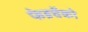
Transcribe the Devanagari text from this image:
फेडचेंको